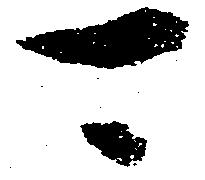
可